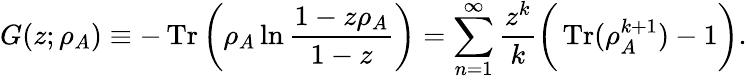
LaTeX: G(z;\rho_{A})\equiv-\operatorname{Tr}\bigg(\rho_{A}\ln{\frac{1-z\rho_{A}}{1-z}}\bigg)=\sum_{n=1}^{\infty}\frac{z^{k}}{k}\bigg(\operatorname{Tr}(\rho_{A}^{k+1})-1\bigg).